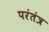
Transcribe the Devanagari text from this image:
परंतंत्र